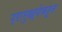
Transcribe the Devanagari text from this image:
प्रामुख्येकरून